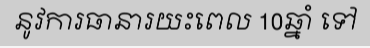
នូវការធានារយះពេល 10ឆ្នាំ ទៅ